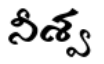
నీశ్వ